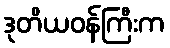
ဒုတိယဝန်ကြီးက